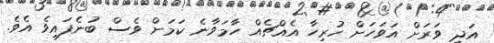
އަދި ވަރަށް އަވަހަށް ހުރިހާ އެއްޗެއް ހާމަވާނެ ކަމަށް ވެސް ބުނެފައިވެ އެވެ.